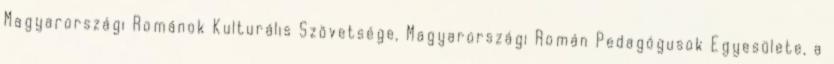
Magyarországi Románok Kulturális Szövetsége, Magyarországi Román Pedagógusok Egyesülete, a